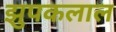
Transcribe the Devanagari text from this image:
झुपकलाल